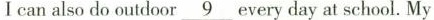
Ⅰcan also do outdoor \underline {9} every day at school. My